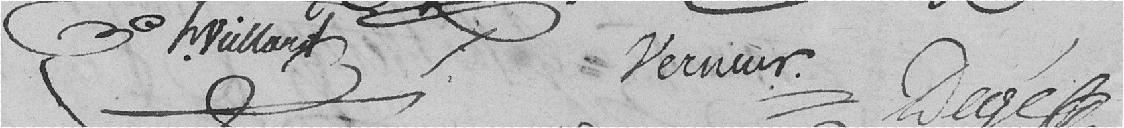
G. MAILLARD     VERNIER     DEGE